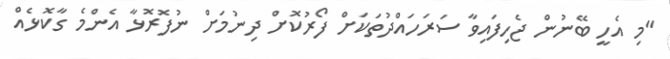
"މި އެހީ ބޭނުން ޖެހިފައިވާ ސަރަހައްދުތަކަށް ފޯރުކޮށް ދިނުމަށް ނުފޮރޮޅާ އެންމެ ގާކޮޅެއް